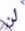
لن